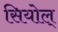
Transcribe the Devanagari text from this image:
सियोल्